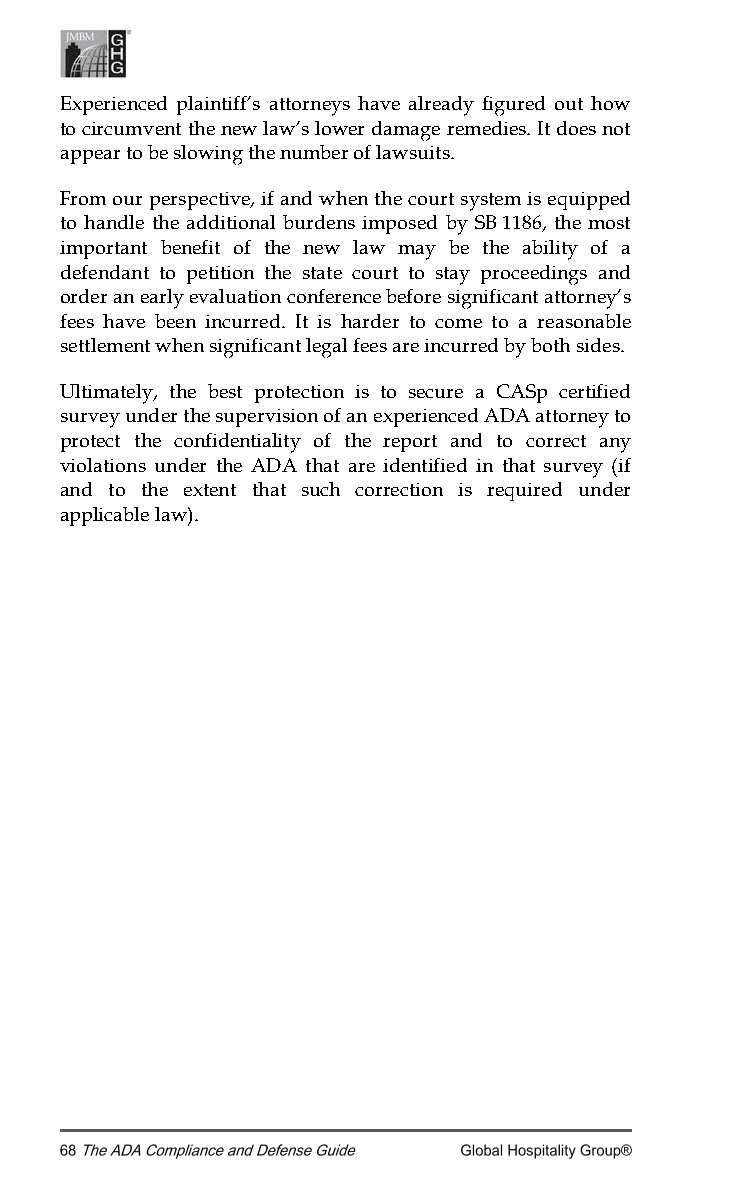
Experienced plaintiff’s attorneys have already figured out how
 to circumvent the new law’s lower damage remedies. It does not
 appear to be slowing the number of lawsuits.
 From our perspective, if and when the court system is equipped
 to handle the additional burdens imposed by SB 1186, the most
 important benefit of the new law may be the ability of a
 defendant to petition the state court to stay proceedings and
 order an early evaluation conference before significant attorney’s
 fees have been incurred. It is harder to come to a reasonable
 settlement when significant legal fees are incurred by both sides.
 Ultimately, the best protection is to secure a CASp certified
 survey under the supervision of an experienced ADA attorney to
 protect the confidentiality of the report and to correct any
 violations under the ADA that are identified in that survey (if
 and to the extent that such correction is required under
 applicable law).